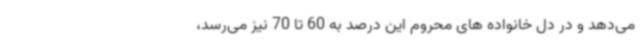
می‌دهد و در دل خانواده های محروم این درصد به 60 تا 70 نیز می‌رسد،